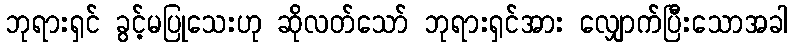
ဘုရားရှင် ခွင့်မပြုသေးဟု ဆိုလတ်သော် ဘုရားရှင်အား လျှောက်ပြီးသောအခါ